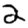
Digit: 2